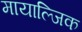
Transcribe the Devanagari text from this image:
मायाल्जिक